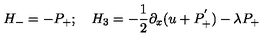
H _ { - } = - P _ { + } ; \quad H _ { 3 } = - { \frac { 1 } { 2 } } { \partial _ { x } ( u + P _ { + } ^ { ' } ) } - \lambda P _ { + }